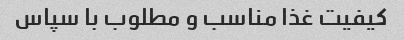
کیفیت غذا مناسب و مطلوب با سپاس